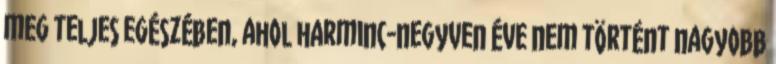
meg teljes egészében, ahol harminc-negyven éve nem történt nagyobb